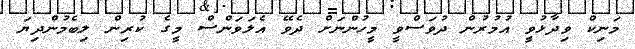
މަނިކް ވިދާޅުވީ އުމުރުން ދުވަސްވީ މީހުންނަށް ދެވޭ އެލަވަންސް މީގެ ކުރިން ލިބެމުންދިޔަ